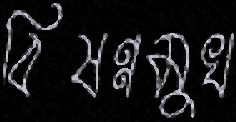
বিষণ্নমুখ